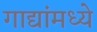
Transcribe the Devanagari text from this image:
गाद्यांमध्ये